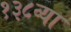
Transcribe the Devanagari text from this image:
१३८व्या